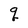
Character: q